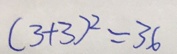
( 3 + 3 ) ^ { 2 } = 3 6